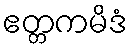
ဧတ္တကမိဒံ